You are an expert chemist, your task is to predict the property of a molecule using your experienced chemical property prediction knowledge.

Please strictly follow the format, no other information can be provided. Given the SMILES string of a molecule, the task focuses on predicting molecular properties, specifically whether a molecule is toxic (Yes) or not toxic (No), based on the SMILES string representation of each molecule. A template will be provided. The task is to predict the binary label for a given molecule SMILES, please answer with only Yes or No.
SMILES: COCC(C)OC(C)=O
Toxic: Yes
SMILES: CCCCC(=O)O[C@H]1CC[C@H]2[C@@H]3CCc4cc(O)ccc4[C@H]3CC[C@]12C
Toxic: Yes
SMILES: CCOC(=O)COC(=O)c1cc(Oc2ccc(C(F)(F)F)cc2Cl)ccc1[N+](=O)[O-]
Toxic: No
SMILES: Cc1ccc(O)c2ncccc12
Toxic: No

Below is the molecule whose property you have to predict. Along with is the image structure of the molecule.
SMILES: NC(=O)C(c1ccccc1)(c1ccccc1)[C@@H]1CCN(CCc2ccc3c(c2)CCO3)C1
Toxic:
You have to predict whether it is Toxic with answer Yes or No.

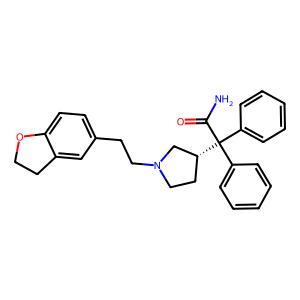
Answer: No